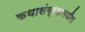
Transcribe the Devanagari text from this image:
कथासंग्रहामधील